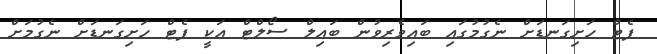
ފެޓް ހަށިގަނޑަށް ނެގުމުގައި ބައިވެރިވުން ބައިލް ސޯލްޓް އަކީ ފެޓް ހަށިގަނޑަށް ނެގުމަށް